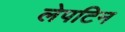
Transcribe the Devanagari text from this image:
लेपटिन